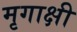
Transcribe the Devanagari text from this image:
मृगाक्षी